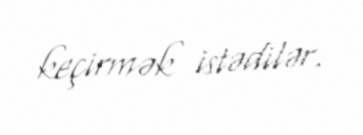
keçirmək istədilər.